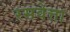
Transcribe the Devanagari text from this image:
रसवेत्ता